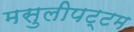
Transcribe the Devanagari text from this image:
मसुलीपट्टम